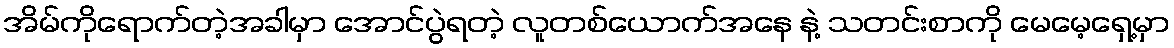
အိမ်ကိုရောက်တဲ့အခါမှာ အောင်ပွဲရတဲ့ လူတစ်ယောက်အနေ နဲ့ သတင်းစာကို မေမေ့ရှေ့မှာ